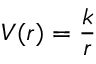
V ( r ) = { \frac { k } { r } }